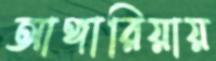
আঙ্গারিয়ায়